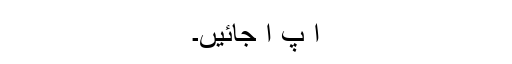
آ پ آ جائیں۔